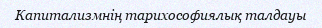
Капитализмнің тарихософиялық талдауы